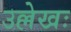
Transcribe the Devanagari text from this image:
उल्लेखः